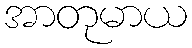
အာတုမာယ